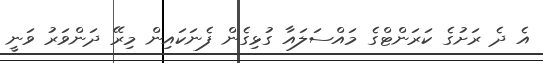
އެ ދެ ރަށުގެ ކަރަންޓްގެ މައްސަލައާ ގުޅިގެން ފެނަކައިން މިރޭ ދަންވަރު ވަނީ